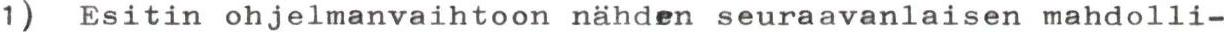
1) Esitin ohjelmanvaihtoon nähden seuraavanlaisen mahdolli-